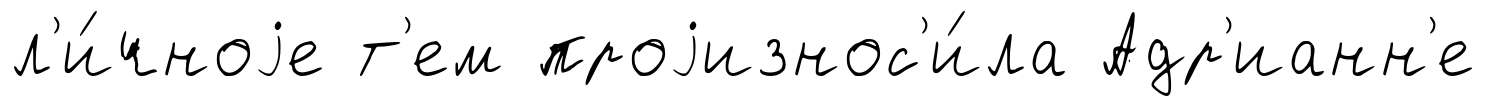
л'и́чноjе т'ем проjизнос'и́ла Адр'ианн'е